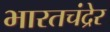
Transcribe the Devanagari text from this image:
भारतचंद्रेर